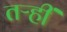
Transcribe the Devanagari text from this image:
तऱ्हीं